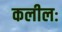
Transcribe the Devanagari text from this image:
कलीलः